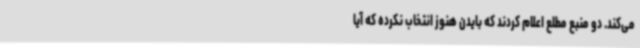
می‌کند. دو منبع مطلع اعلام کردند که بایدن هنوز انتخاب نکرده که آیا